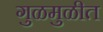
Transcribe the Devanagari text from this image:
गुळमुळीत